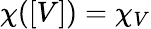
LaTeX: \chi([V])=\chi_{V}